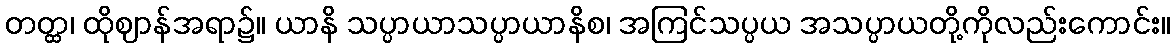
တတ္ထ၊ ထိုဈာန်အရာ၌။ ယာနိ သပ္ပာယာသပ္ပာယာနိစ၊ အကြင်သပ္ပယ အသပ္ပာယတို့ကိုလည်းကောင်း။